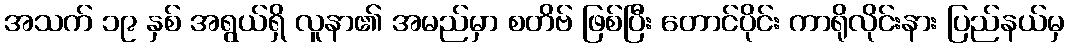
အသက် ၁၉ နှစ် အရွယ်ရှိ လူနာ၏ အမည်မှာ စတိဗ် ဖြစ်ပြီး တောင်ပိုင်း ကာရိုလိုင်းနား ပြည်နယ်မှ